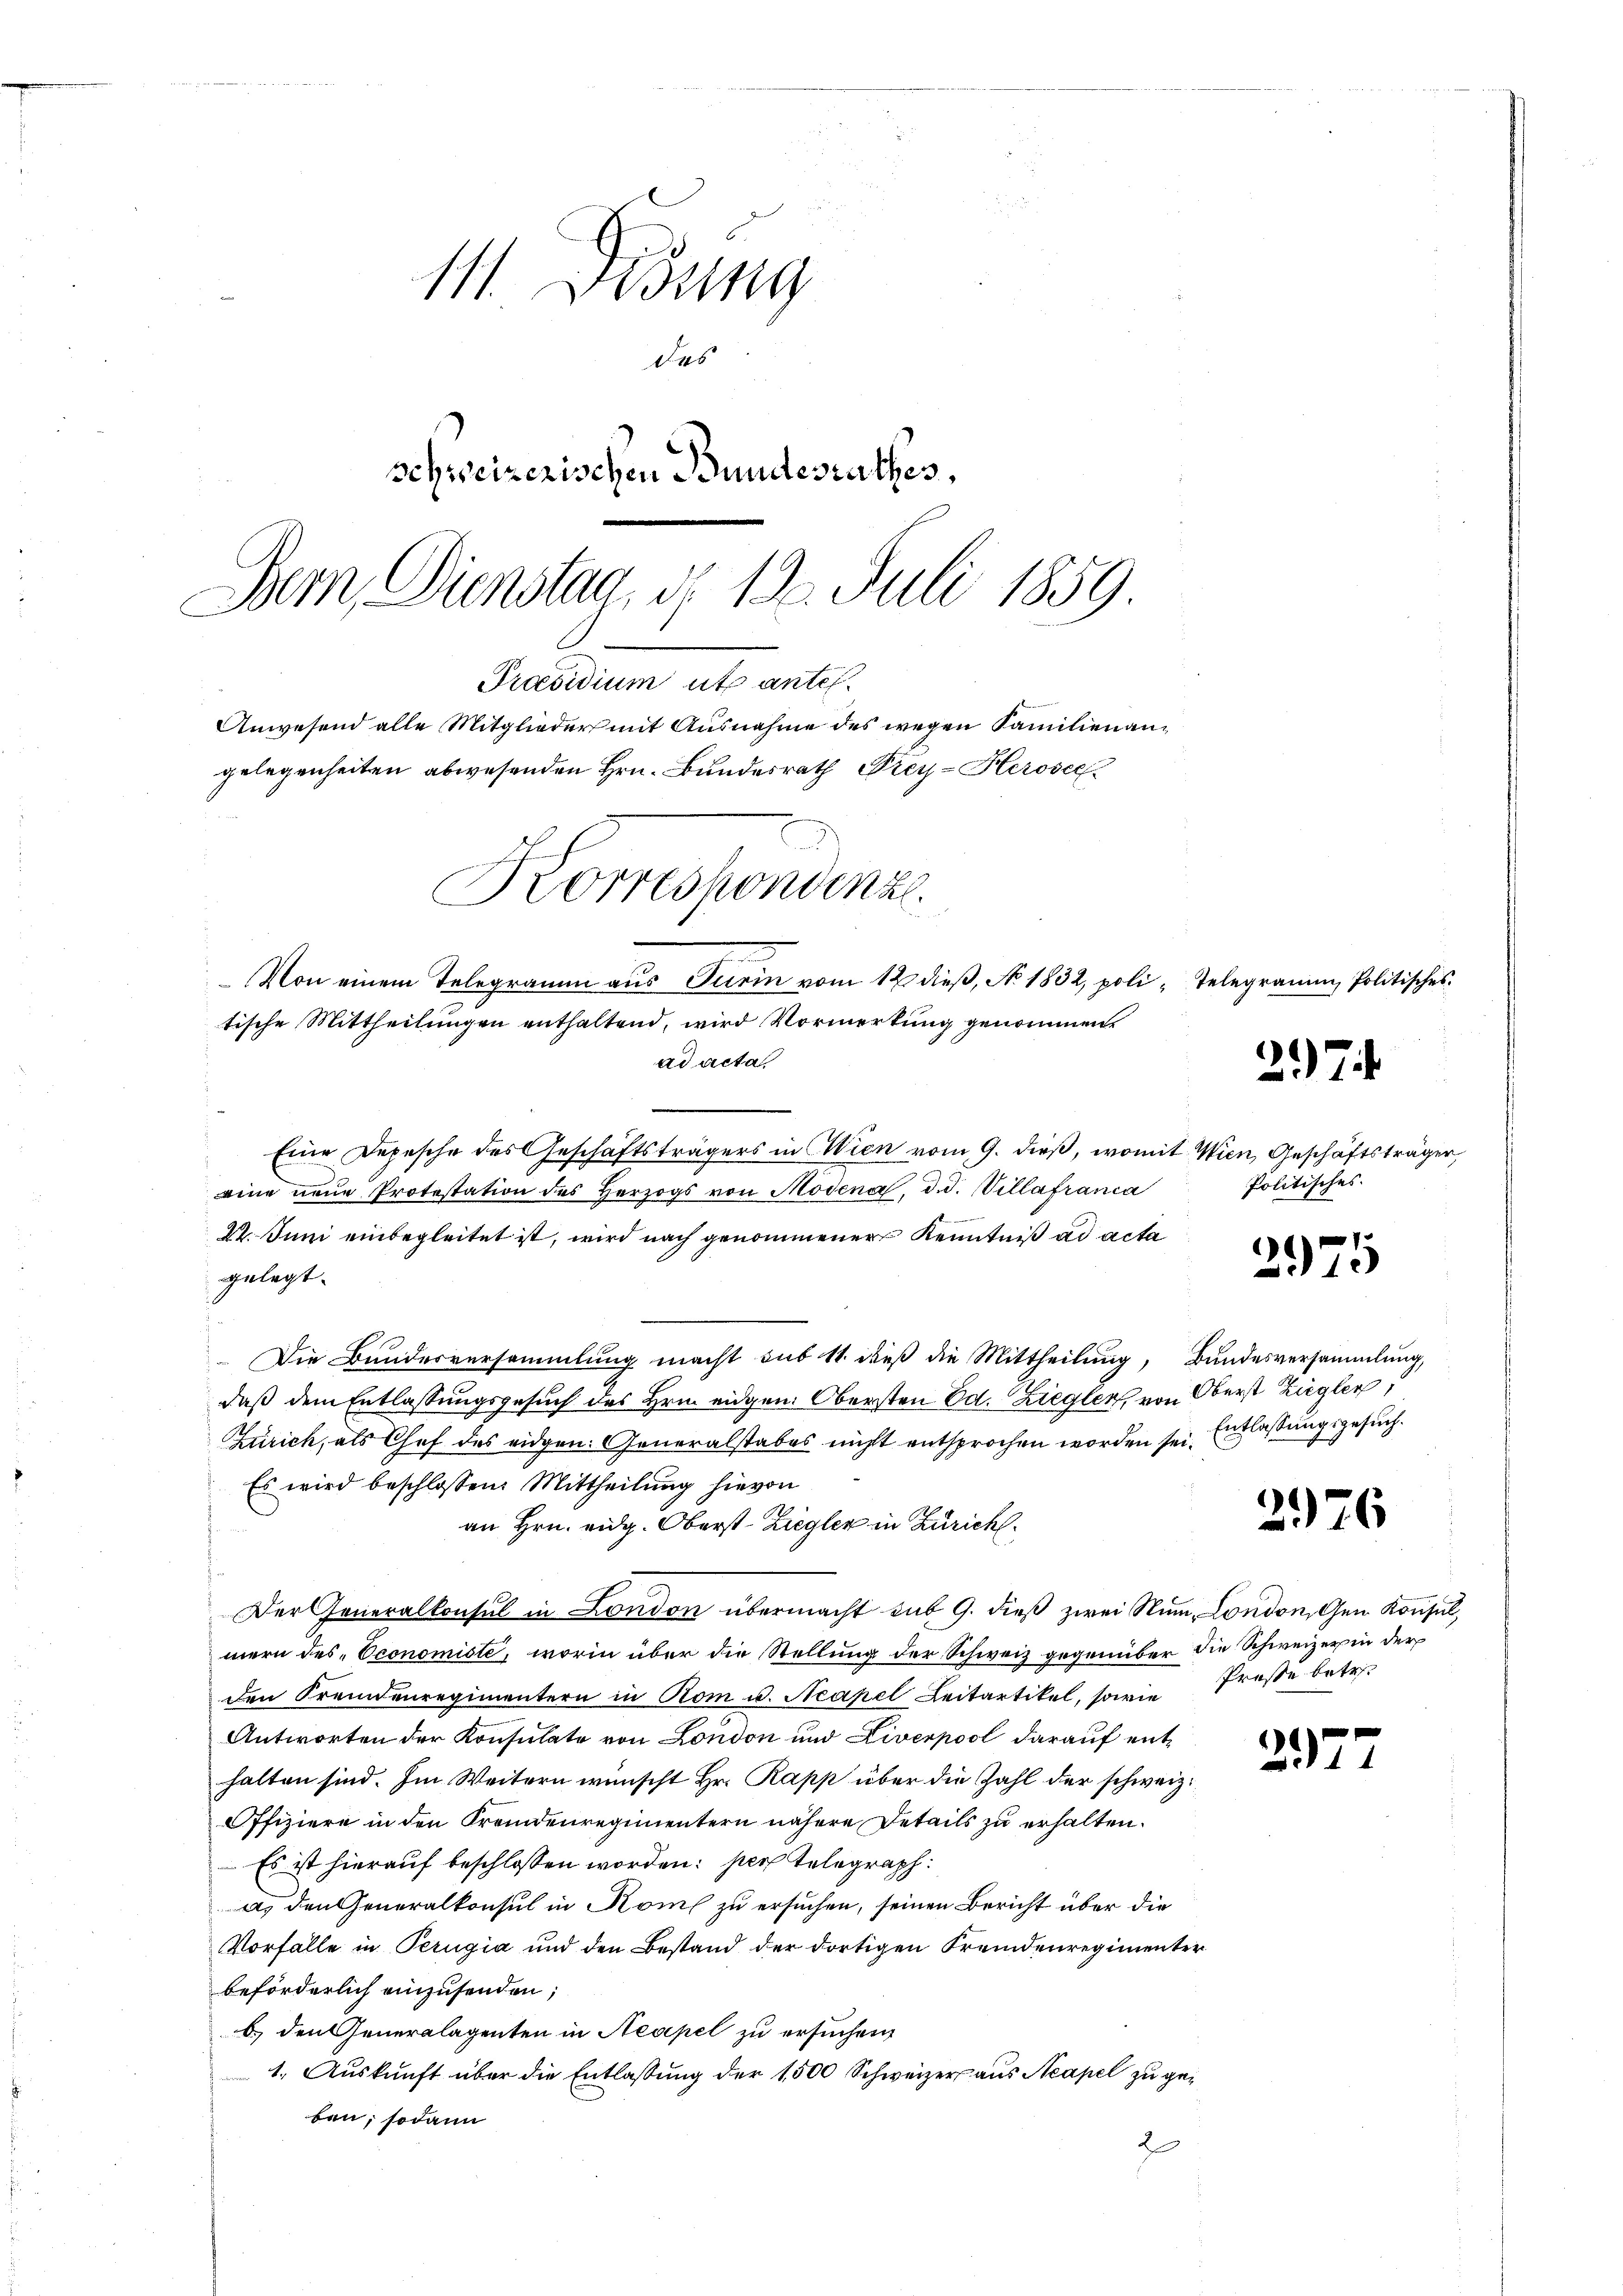
111. Didung
des
schweizerischen Bundesrathes,
Dem Dienstag, d. 130. Juli 1859.
Praesidium ut ante.
Anwesend alle Mitglieder mit Ausnahme des wegen Familien angelegenheiten abwesenden Hrn. Bundesrath Frey-Herosel

Korrespondenz.

Von einem Telegramm aus Turin vom 12 dieß, No. 1832, poli, Telege
tische Mittheilungen enthaltend, wird Vormerkung genommen.
ad acta
¬

Eine Depesche des Geschäftsträgers in Wien vom 9. dieß, womit Wien, Geschäftsträger,
eine neue Protestation des Herzogs von Modena, d. d. Villafranca
22. Juni einbegleitet ist, wird nach genommener Kenntniß ad acta
gelegt.
Die Bundesversammlung macht sub 11. dieß die Mittheilung, Bundesversammlung,
daß dem Entlassungsgesuch des Hrnn eidgen. Obersten Ed. Ziegler, von Oberst Ziegler,
Zürich, als Chef des eidgen. Generalstabes nicht entsprochen worden sei. Entlassungsgesuch.
Es wird beschlossen: Mittheilung hievon
an Hrn. eidg. Oberst-Ziegler in Zürich
Der Generalkonsul in London übermacht sub 9. dieβ zwei Nŭm, London, Gen. Konsul,
mern des Economiste, worin über die Stellung der Schweiz gegenüber die Schweizer in der
den Fremdenregimentern in Rom u. Neapel Leitartikel, sowie Preße betr.
Antworten der Konsulate von London und Liverpool darauf enthalten sind. Im Weitern wünscht Hr. Rapp über die Zahl der schweiz.
Offiziere in den Fremdenregimentern nähere Details zu erhalten.
Es ist hierauf beschlossen worden: per Telegraph
a) den Generalkonsul in Koms zu ersuchen, seinen Bericht über die
Vorfalle in Perugia und den Bestand der dortigen Fremdenregimenter
beförderlich einzusenden;
b) den Generalagenten in Neapel zu ersuchen
1. Auskunft über die Entlassung der 1500 Schweizer aus Neapel zu geben; sodann
2

297

2971

2976

21

n, Politischer

Politisches